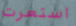
استعرت